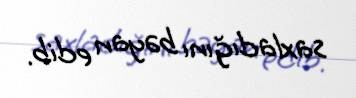
saxladığını bəyan edib.